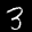
Label: 3